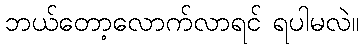
ဘယ်တော့လောက်လာရင် ရပါမလဲ။